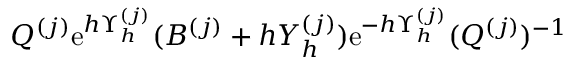
Q ^ { ( j ) } \ensuremath { \mathrm { e } } ^ { h \Upsilon _ { h } ^ { ( j ) } } ( B ^ { ( j ) } + h Y _ { h } ^ { ( j ) } ) \ensuremath { \mathrm { e } } ^ { - h \Upsilon _ { h } ^ { ( j ) } } ( Q ^ { ( j ) } ) ^ { - 1 }